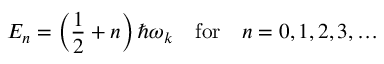
E _ { n } = \left( { \frac { 1 } { 2 } } + n \right) \hbar \omega _ { k } \quad { \mathrm { f o r } } \quad n = 0 , 1 , 2 , 3 , \ldots